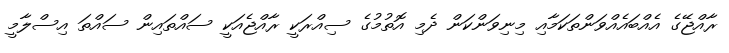
ރާއްޖޭގެ އެއްބައެއްވަންތަކަމާއި މިނިވަންކަން ދެމި އޮތުމުގެ ސިއްރަކީ ރާއްޖެއަކީ ސައްތައިން ސައްތަ އިސްލާމީ